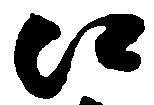
口